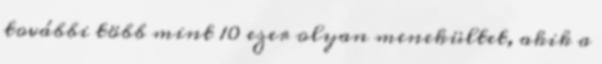
további több mint 10 ezer olyan menekültet, akik a